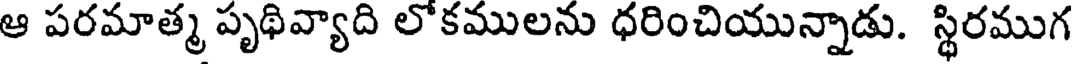
ఆ పరమాత్మ పృథివ్యాది లోకములను ధరించియున్నాడు. స్థిరముగ